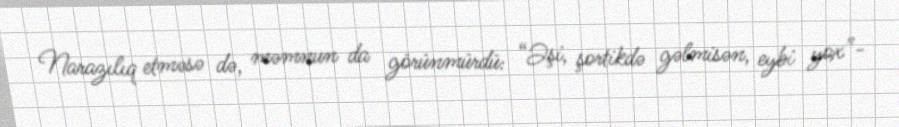
Narazılıq etməsə də, məmnun da görünmürdü: “Əşi, şortikdə gəlmisən, eybi yox”-